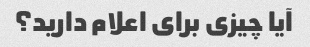
آیا چیزی برای اعلام دارید؟